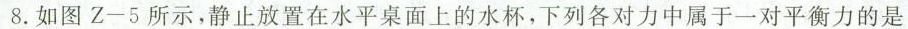
8. 如图 Z-5 所示，静止放置在水平桌面上的水杯，下列各对力中属于一对平衡力的是